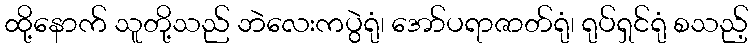
ထို့နောက် သူတို့သည် ဘဲလေးကပွဲရုံ၊ အော်ပရာဇာတ်ရုံ၊ ရုပ်ရှင်ရုံ စသည့်